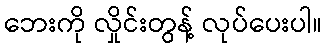
ဘေးကို လှိုင်းတွန့် လုပ်ပေးပါ။